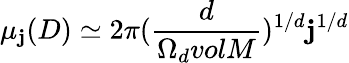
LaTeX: {\mu}_{\mathbf{j}}(D)\simeq2{\pi}(\frac{{d}}{{{\Omega}_{d}volM}})^{1/d}\mathbf{j}^{1/d}